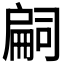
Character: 𢩚